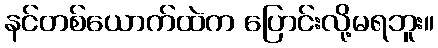
နင်တစ်ယောက်ထဲက ပြောင်းလို့မရဘူး။